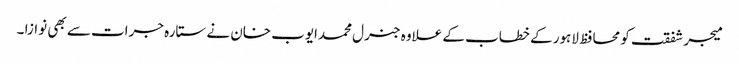
میجر شفقت کو محافظ لاہور کے خطاب کے علاوہ جنرل محمدایوب خان نے ستارہ جرات سے بھی نوازا ۔